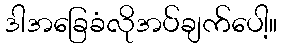
ဒါအခြေခံလိုအပ်ချက်ပေါ့။